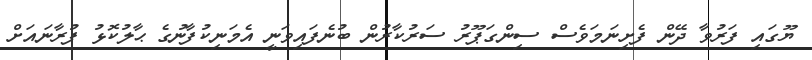
ޔޫގައި ފަރުވާ ދޭން ފެށިނަމަވެސް ސިންގަޕޫރު ސަރުކާރުން ބުނެފައިވަނީ އެމަނިކުފާނުގެ ޙާލުކޮޅު ފުރާނައަށް